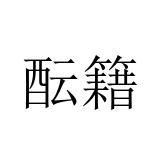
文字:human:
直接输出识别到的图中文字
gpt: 酝籍